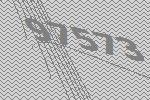
97573